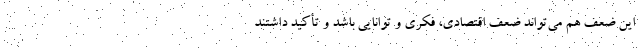
این ضعف هم می‌تواند ضعف اقتصادی، فکری و توانایی باشد و تأکید داشتند